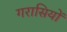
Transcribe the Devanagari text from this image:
गरासियों